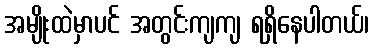
အမျိုးထဲမှာပင် အတွင်းကျကျ ရရှိနေပါတယ်၊